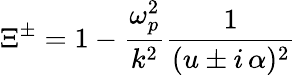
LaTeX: \Xi^{\pm}=1-\frac{\omega_{p}^{2}}{k^{2}}\frac{1}{(u\pm i\, \alpha)^{2}}